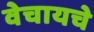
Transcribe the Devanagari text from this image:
वेचायचे